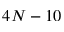
4 N - 1 0